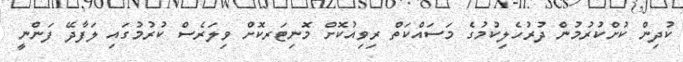
ކުދިން ކުށްކުރުމުން ދުރުހެލިކުމުގެ މަސައްކަތް ރިވިއުކޮށް މޮނިޓަރކޮށް ވިލަރެސް ކުރުމުގައި ލަފާދޭ ފަންނީ